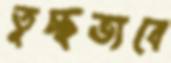
তুচ্ছভাবে